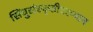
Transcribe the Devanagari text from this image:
सिंधुसंस्कृतीदरम्यान